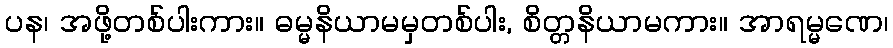
ပန၊ အဖို့တစ်ပါးကား။ ဓမ္မနိယာမမှတစ်ပါး, စိတ္တနိယာမကား။ အာရမ္မဏေ၊